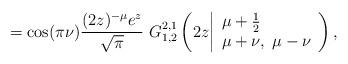
LaTeX: \begin{align*}=\cos(\pi\nu)\frac{(2z)^{-\mu}e^{z}}{\sqrt{\pi}}~ G_{{1} ,{2}}^{{2},{1}} \left( 2z \bigg{|} \begin{array}{lll} \mu+\frac{1}{2} \\ \mu+\nu,~\mu-\nu \end{array} \right),\end{align*}